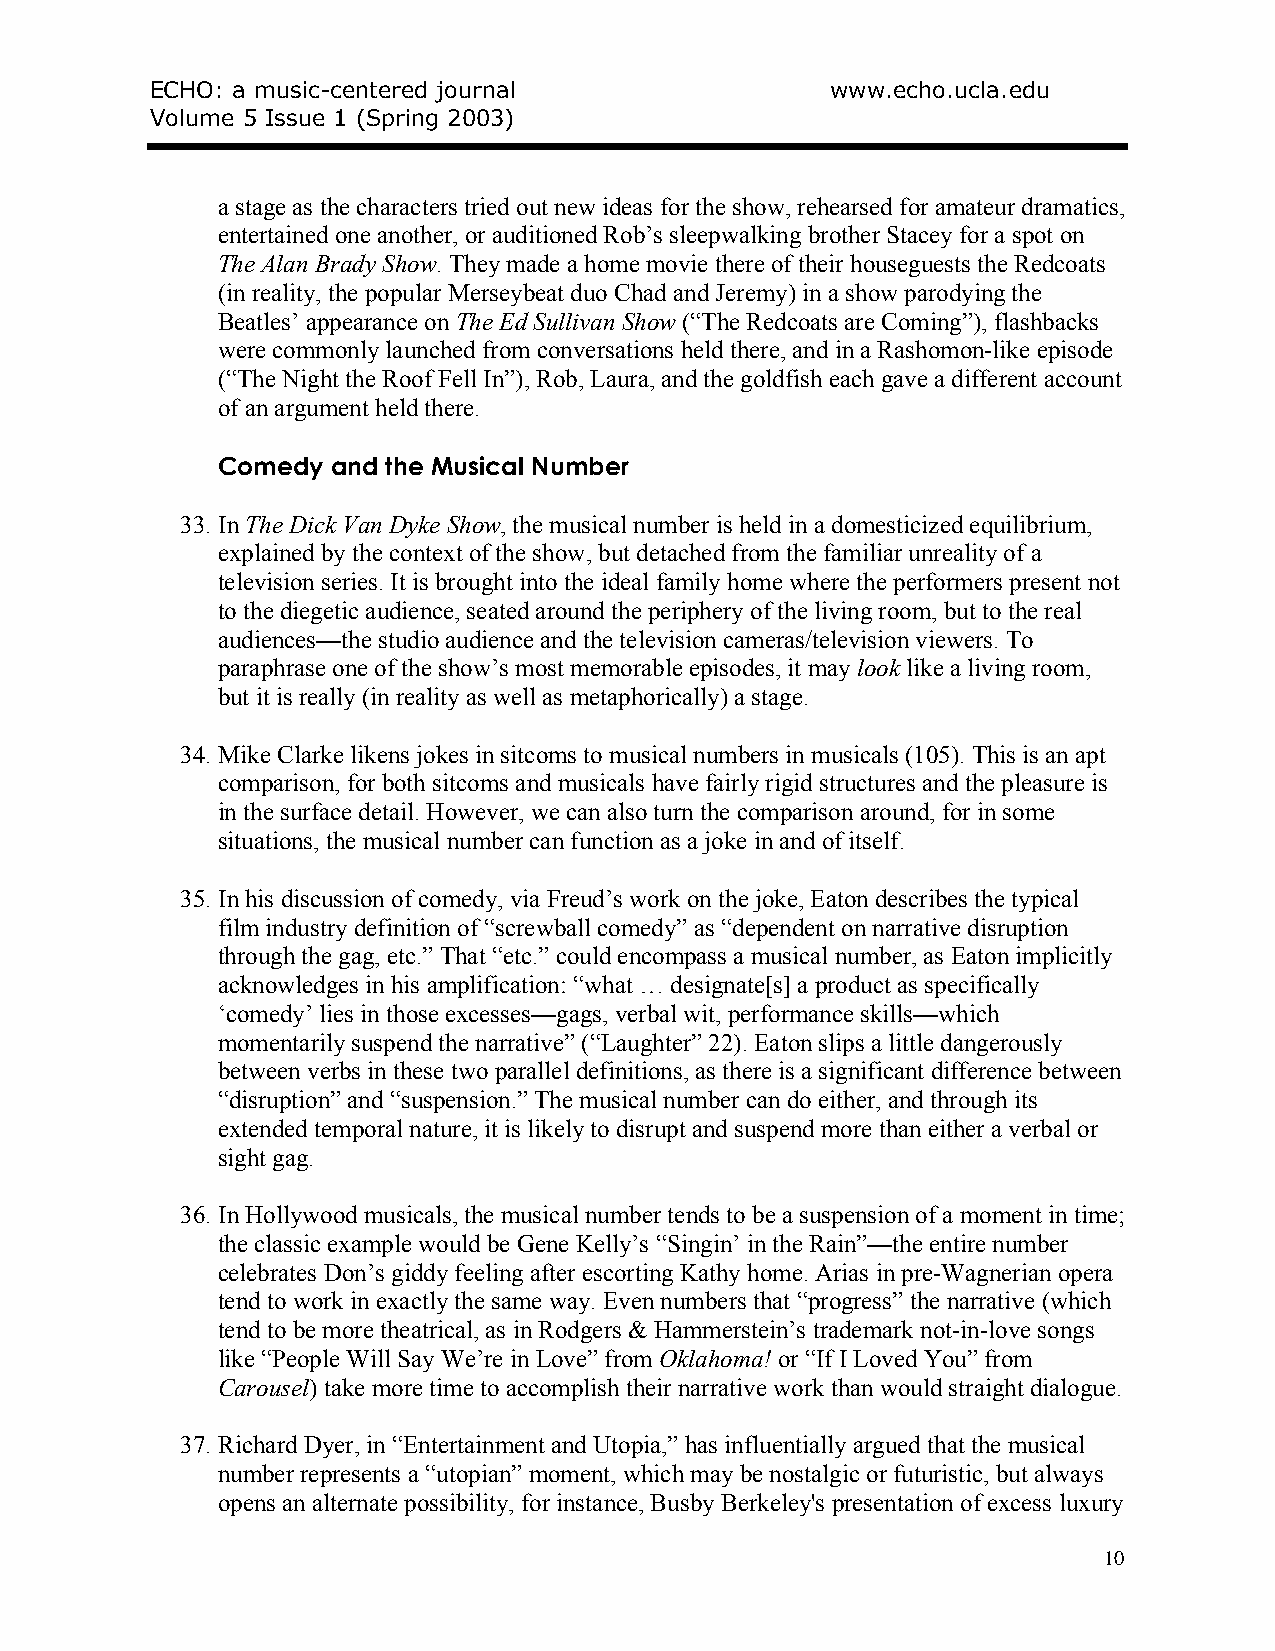
ECHO: a music-centered journal               www.echo.ucla.edu
 Volume 5 Issue 1 (Spring 2003)
 a stage as the characters tried out new ideas for the show, rehearsed for amateur dramatics,
 entertained one another, or auditioned Rob’s sleepwalking brother Stacey for a spot on
 The Alan Brady Show. They made a home movie there of their houseguests the Redcoats
 (in reality, the popular Merseybeat duo Chad and Jeremy) in a show parodying the
 Beatles’ appearance on The Ed Sullivan Show (“The Redcoats are Coming”), flashbacks
 were commonly launched from conversations held there, and in a Rashomon-like episode
 (“The Night the Roof Fell In”), Rob, Laura, and the goldfish each gave a different account
 of an argument held there.
 Comedy  and the Musical Number
 33. In The Dick Van Dyke Show, the musical number is held in a domesticized equilibrium,
 explained by the context of the show, but detached from the familiar unreality of a
 television series. It is brought into the ideal family home where the performers present not
 to the diegetic audience, seated around the periphery of the living room, but to the real
 audiences—the studio audience and the television cameras/television viewers. To
 paraphrase one of the show’s most memorable episodes, it may look like a living room,
 but it is really (in reality as well as metaphorically) a stage.
 34. Mike Clarke likens jokes in sitcoms to musical numbers in musicals (105). This is an apt
 comparison, for both sitcoms and musicals have fairly rigid structures and the pleasure is
 in the surface detail. However, we can also turn the comparison around, for in some
 situations, the musical number can function as a joke in and of itself.
 35. In his discussion of comedy, via Freud’s work on the joke, Eaton describes the typical
 film industry definition of “screwball comedy” as “dependent on narrative disruption
 through the gag, etc.” That “etc.” could encompass a musical number, as Eaton implicitly
 acknowledges in his amplification: “what … designate[s] a product as specifically
 ‘comedy’ lies in those excesses—gags, verbal wit, performance skills—which
 momentarily suspend the narrative” (“Laughter” 22). Eaton slips a little dangerously
 between verbs in these two parallel definitions, as there is a significant difference between
 “disruption” and “suspension.” The musical number can do either, and through its
 extended temporal nature, it is likely to disrupt and suspend more than either a verbal or
 sight gag.
 36. In Hollywood musicals, the musical number tends to be a suspension of a moment in time;
 the classic example would be Gene Kelly’s “Singin’ in the Rain”—the entire number
 celebrates Don’s giddy feeling after escorting Kathy home. Arias in pre-Wagnerian opera
 tend to work in exactly the same way. Even numbers that “progress” the narrative (which
 tend to be more theatrical, as in Rodgers & Hammerstein’s trademark not-in-love songs
 like “People Will Say We’re in Love” from Oklahoma! or “If I Loved You” from
 Carousel) take more time to accomplish their narrative work than would straight dialogue.
 37. Richard Dyer, in “Entertainment and Utopia,” has influentially argued that the musical
 number represents a “utopian” moment, which may be nostalgic or futuristic, but always
 opens an alternate possibility, for instance, Busby Berkeley's presentation of excess luxury
 10